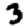
Digit: 3